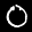
Label: 0